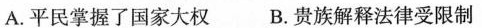
A.平民掌握了国家大权 B.贵族解释法律受限制